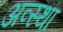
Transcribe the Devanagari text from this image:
अव्स्था